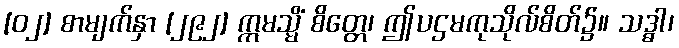
[၀၂] စာမျက်နှာ [၂၉၂] ဣမသ္မိံ စိတ္တေ၊ ဤပဌမကုသိုလ်စိတ်၌။ သဒ္ဓါ၊